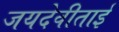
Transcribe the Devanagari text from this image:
जयदेवीताई